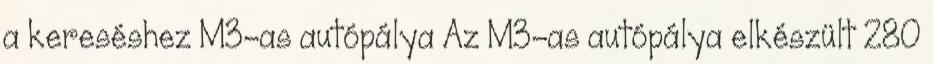
a kereséshez M3-as autópálya Az M3-as autópálya elkészült 280